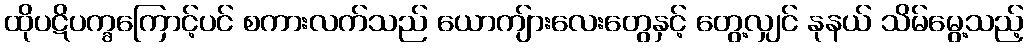
ထိုပဋိပက္ခကြောင့်ပင် စကားလက်သည် ယောကျ်ားလေးတွေနှင့် တွေ့လျှင် နုနယ် သိမ်မွေ့သည့်